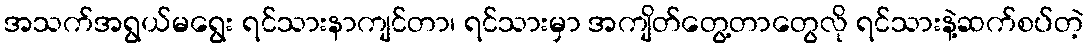
အသက်အရွယ်မရွေး ရင်သားနာကျင်တာ၊ ရင်သားမှာ အကျိတ်တွေ့တာတွေလို ရင်သားနဲ့ဆက်စပ်တဲ့